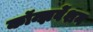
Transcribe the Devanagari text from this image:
कॉन्झर्वेशन